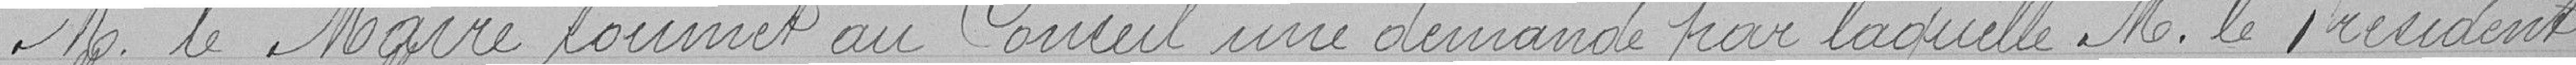
M. le maire soumet au conseil une demande par laquelle M. le président